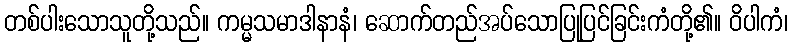
တစ်ပါးသောသူတို့သည်။ ကမ္မသမာဒါနာနံ၊ ဆောက်တည်အပ်သောပြုပြင်ခြင်းကံတို့၏။ ဝိပါကံ၊